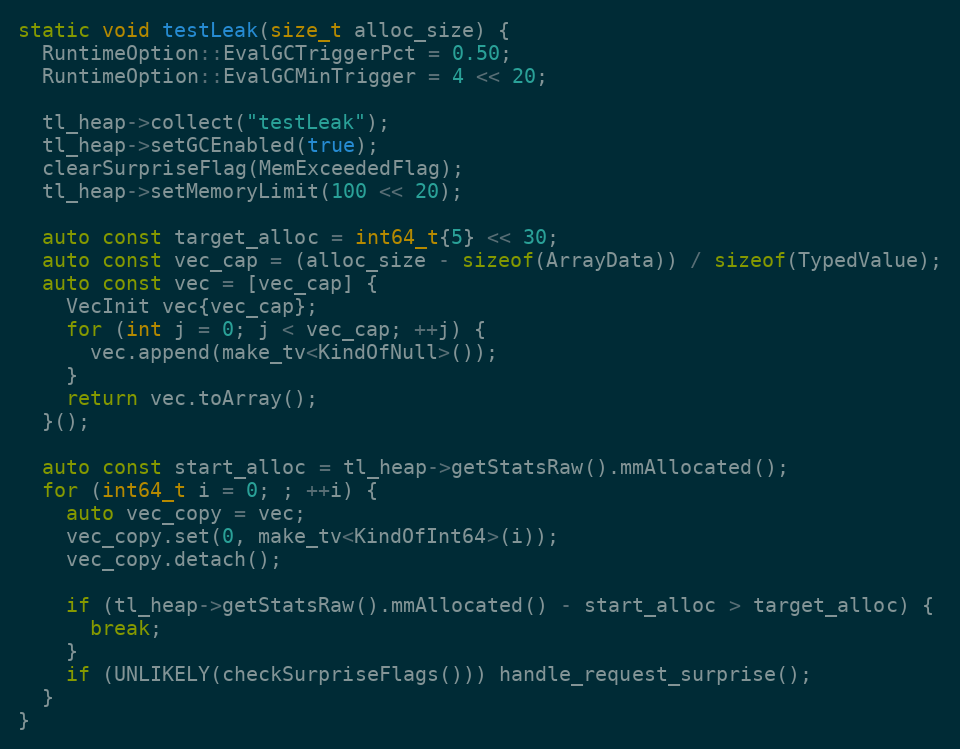
Language: C++
static void testLeak(size_t alloc_size) {
  RuntimeOption::EvalGCTriggerPct = 0.50;
  RuntimeOption::EvalGCMinTrigger = 4 << 20;

  tl_heap->collect("testLeak");
  tl_heap->setGCEnabled(true);
  clearSurpriseFlag(MemExceededFlag);
  tl_heap->setMemoryLimit(100 << 20);

  auto const target_alloc = int64_t{5} << 30;
  auto const vec_cap = (alloc_size - sizeof(ArrayData)) / sizeof(TypedValue);
  auto const vec = [vec_cap] {
    VecInit vec{vec_cap};
    for (int j = 0; j < vec_cap; ++j) {
      vec.append(make_tv<KindOfNull>());
    }
    return vec.toArray();
  }();

  auto const start_alloc = tl_heap->getStatsRaw().mmAllocated();
  for (int64_t i = 0; ; ++i) {
    auto vec_copy = vec;
    vec_copy.set(0, make_tv<KindOfInt64>(i));
    vec_copy.detach();

    if (tl_heap->getStatsRaw().mmAllocated() - start_alloc > target_alloc) {
      break;
    }
    if (UNLIKELY(checkSurpriseFlags())) handle_request_surprise();
  }
}